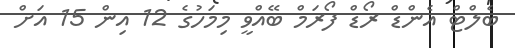
ބެލްޓް އެންޑް ރޯޑް ފޯރަމް ބޭއްވީ މިމަހުގެ 12 އިން 15 އަށް